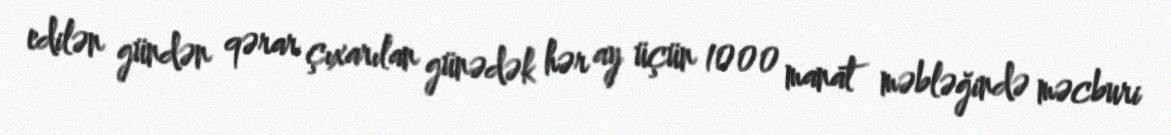
edilən gündən qərar çıxarılan günədək hər ay üçün 1000 manat məbləğində məcburi